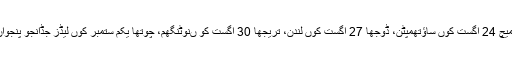
پاکستان اتے انگلینڈ وچال پنج ون ڈے میچاں دی سیریز دا پہلا میچ 24 اگست کوں ساﺅتھمپٹن، ڈوجھا 27 اگست کوں لندن، تریجھا 30 اگست کو ںنوٹنگھم، چوتھا یکم ستمبر کوں لیڈز جڈانجو پنجواں تے چھیکڑی ون ڈے 4 ستمبر کوں کارڈف وچ کھیڈیا ویسی۔